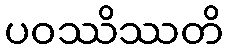
ပဝဿိဿတိ